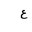
Letter: _ayn